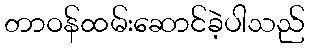
တာဝန်ထမ်းဆောင်ခဲ့ပါသည်